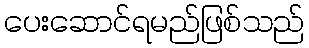
ပေးဆောင်ရမည်ဖြစ်သည်